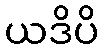
ယဒိပိ